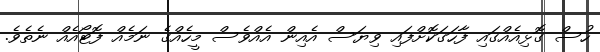
ހުސް ގޮޅިއެއްގައި ފާހަގަކޮށްފައި ވިޔަސް އެއިން އެއްވެސް މީހެއްގެ ނަމެއް ފޮޓޯއެއް ނެތެވެ.